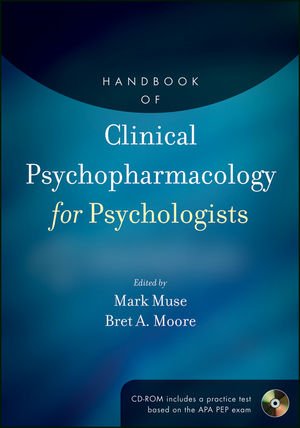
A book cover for Handbook of Clinical Psychopharmacology for Psychologists; Medical Books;